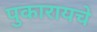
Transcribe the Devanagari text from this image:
पुकारायचे